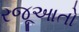
રજૂઆતો